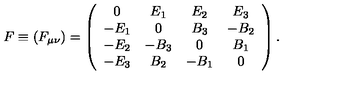
F \equiv ( F _ { \mu \nu } ) = \left( \begin{array} { c c c c } { 0 } & { E _ { 1 } } & { E _ { 2 } } & { E _ { 3 } } \\ { - E _ { 1 } } & { 0 } & { B _ { 3 } } & { - B _ { 2 } } \\ { - E _ { 2 } } & { - B _ { 3 } } & { 0 } & { B _ { 1 } } \\ { - E _ { 3 } } & { B _ { 2 } } & { - B _ { 1 } } & { 0 } \\ \end{array} \right) .